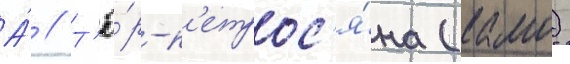
А́ // Т'ё́р-п'етрос'я́на (камо)